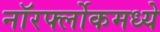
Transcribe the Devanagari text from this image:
नॉरर्फ्लोकमध्ये